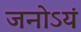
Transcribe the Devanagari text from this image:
जनोऽयं